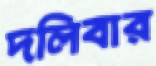
দলিবার